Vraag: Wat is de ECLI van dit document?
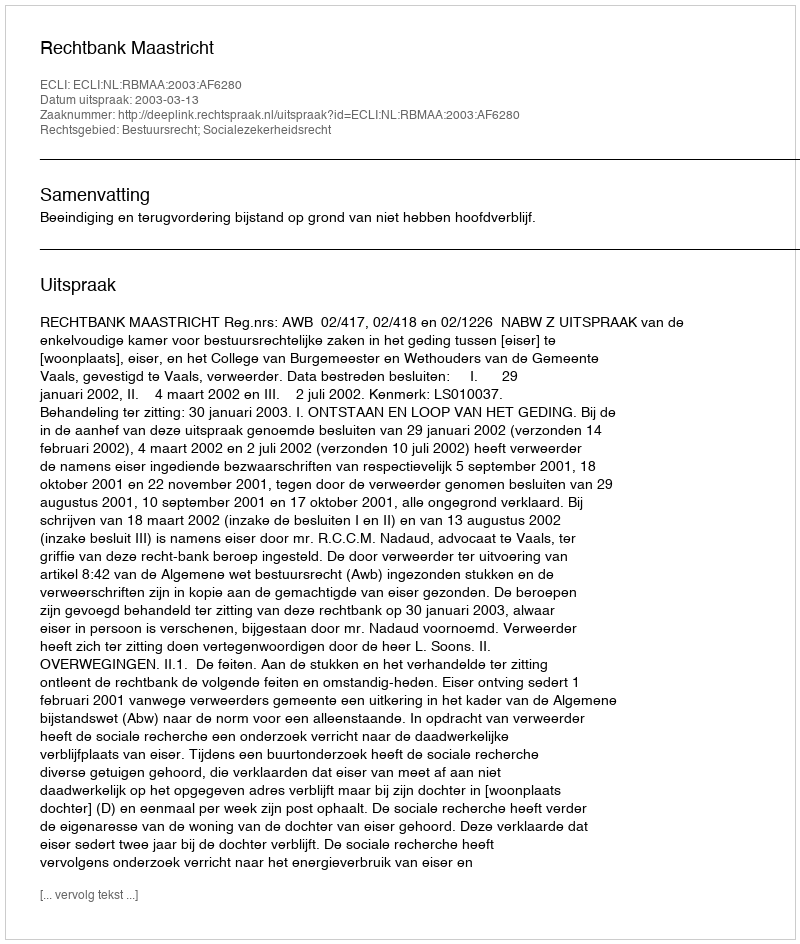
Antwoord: ECLI:NL:RBMAA:2003:AF6280